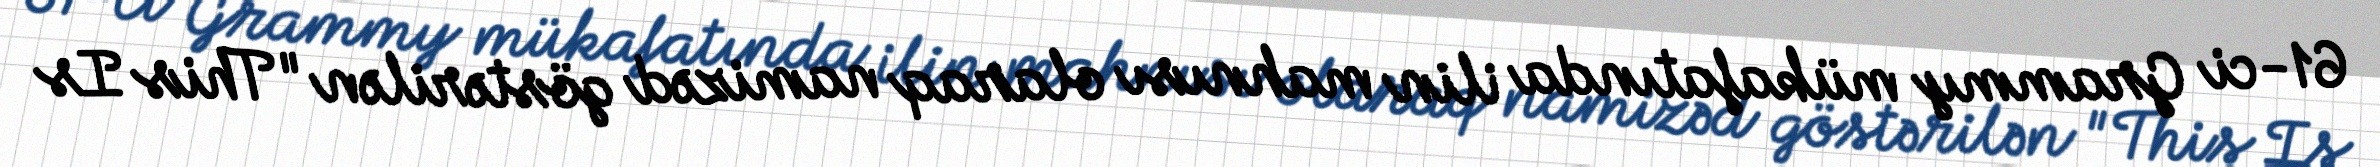
61-ci Grammy mükafatında ilin mahnısı olaraq namizəd göstərilən "This Is